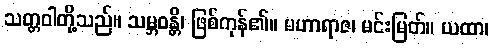
သတ္တဝါတို့သည်။ သမ္ဘဝန္တိ၊ ဖြစ်ကုန်၏။ မဟာရာဇ၊ မင်းမြတ်။ ယထာ၊